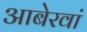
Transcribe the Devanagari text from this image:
आबेरवां